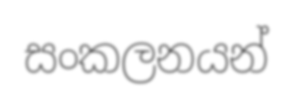
සංකලනයන්